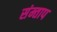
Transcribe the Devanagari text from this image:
संम्ताप